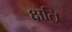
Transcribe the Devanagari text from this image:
क्षति